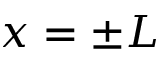
x = \pm L